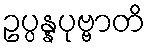
ဥပ္ပန္နပုဗ္ဗာတိ